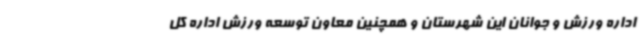
اداره ورزش و جوانان این شهرستان و همچنین معاون توسعه ورزش اداره کل